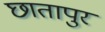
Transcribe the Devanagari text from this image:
छातापुर